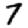
Digit: 7